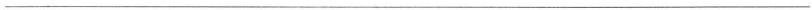
___